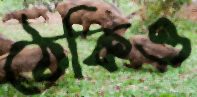
ঠেকিও